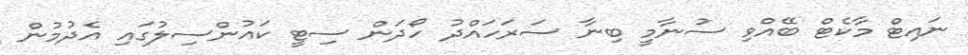
ނައިޓް މާކެޓް ބޭއްވި ސުނާމީ ބިނާ ސަރަހައްދު ހޯދަން ސިޓީ ކައުންސިލުގައި އެދުމުން